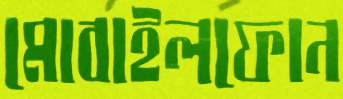
মোবাইলফোন